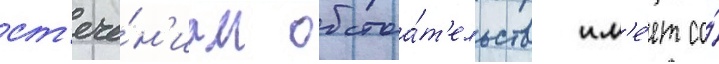
ст'ече́н'иам обстоа́т'ельств им'е́ет со́